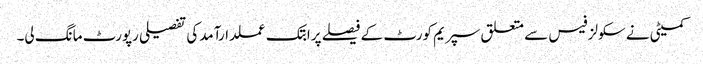
کمیٹی نے سکولز فیس سے متعلق سپریم کورٹ کے فیصلے پرابتک عملدارآمدکی تفصیلی رپورٹ مانگ لی۔